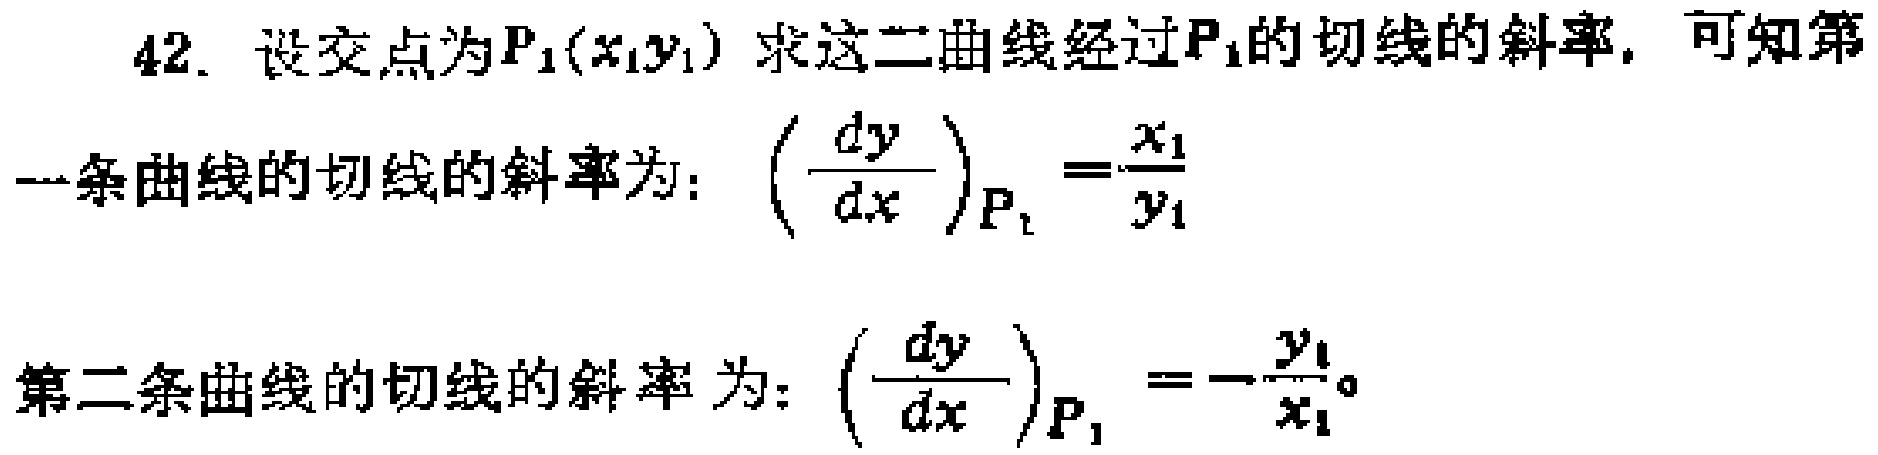
42. 设交点为$P_1(x_1y_1)$求这二曲线经过$P_1$的切线的斜率. 可知第
一条曲线的切线的斜率为：$\left(\frac{dy}{dx}\right)_{P_1}=\frac{x_1}{y_1}$
第二条曲线的切线的斜率为：$\left(\frac{dy}{dx}\right)_{P_1}=-\frac{y_1}{x_1}$